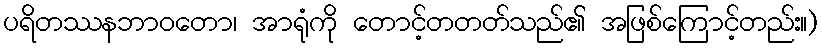
ပရိတဿနဘာဝတော၊ အာရုံကို တောင့်တတတ်သည်၏ အဖြစ်ကြောင့်တည်း။)